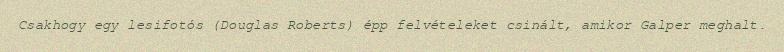
Csakhogy egy lesifotós (Douglas Roberts) épp felvételeket csinált, amikor Galper meghalt.